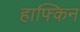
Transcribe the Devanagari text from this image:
हाफ्किन